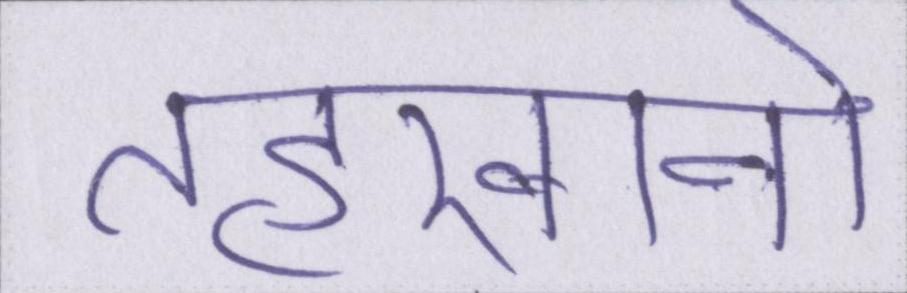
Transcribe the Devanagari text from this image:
तहखानो